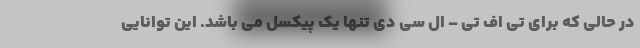
در حالی که برای تی اف تی – ال سی دی تنها یک پیکسل می باشد. این توانایی